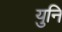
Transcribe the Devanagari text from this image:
युनि